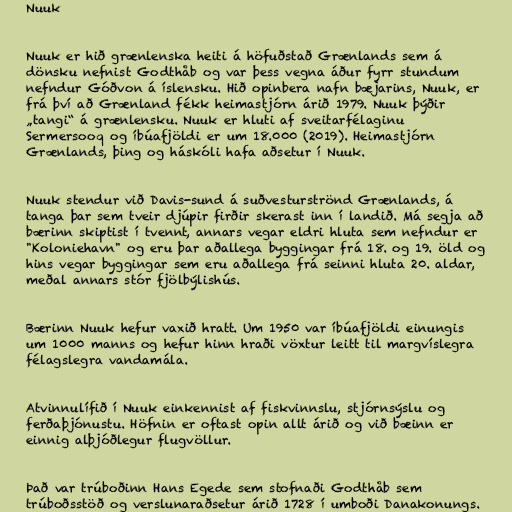
Nuuk

Nuuk er hið grænlenska heiti á höfuðstað Grænlands sem á
dönsku nefnist Godthåb og var þess vegna áður fyrr stundum
nefndur Góðvon á íslensku. Hið opinbera nafn bæjarins, Nuuk, er
frá því að Grænland fékk heimastjórn árið 1979. Nuuk þýðir
„tangi“ á grænlensku. Nuuk er hluti af sveitarfélaginu
Sermersooq og íbúafjöldi er um 18.000 (2019). Heimastjórn
Grænlands, þing og háskóli hafa aðsetur í Nuuk.

Nuuk stendur við Davis-sund á suðvesturströnd Grænlands, á
tanga þar sem tveir djúpir firðir skerast inn í landið. Má segja að
bærinn skiptist í tvennt, annars vegar eldri hluta sem nefndur er
"Koloniehavn" og eru þar aðallega byggingar frá 18. og 19. öld og
hins vegar byggingar sem eru aðallega frá seinni hluta 20. aldar,
meðal annars stór fjölbýlishús.

Bærinn Nuuk hefur vaxið hratt. Um 1950 var íbúafjöldi einungis
um 1000 manns og hefur hinn hraði vöxtur leitt til margvíslegra
félagslegra vandamála.

Atvinnulífið í Nuuk einkennist af fiskvinnslu, stjórnsýslu og
ferðaþjónustu. Höfnin er oftast opin allt árið og við bæinn er
einnig alþjóðlegur flugvöllur.

Það var trúboðinn Hans Egede sem stofnaði Godthåb sem
trúboðsstöð og verslunaraðsetur árið 1728 í umboði Danakonungs.